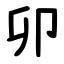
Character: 卯